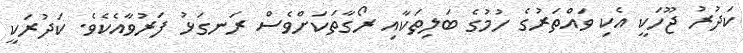
ކަދުރު ޖޫހަކީ އެކި ވައްތަރުގެ ހުމުގެ ބަލިތަކާއި ރޯގާތަކަށްވެސް ރަނގަޅު ފަރުވާއެކެވެ. ކަދުރަކީ